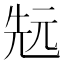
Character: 𠒑